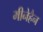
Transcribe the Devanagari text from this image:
मीनेहैन